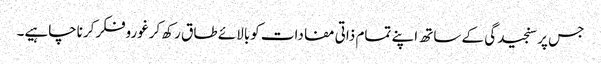
جس پرسنجیدگی کے ساتھ اپنے تمام ذاتی مفادات کوبالائے طا ق رکھ کرغوروفکرکرناچاہیے۔